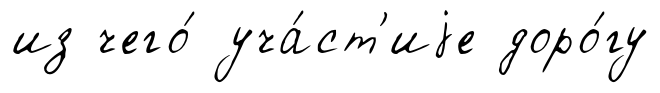
из чего́ уча́ст'иjе доро́гу